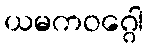
ယမကဝဂ္ဂေါ